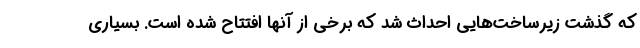
که گذشت زیرساخت‌هایی احداث شد که برخی از آنها افتتاح شده است. بسیاری